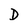
Character: D